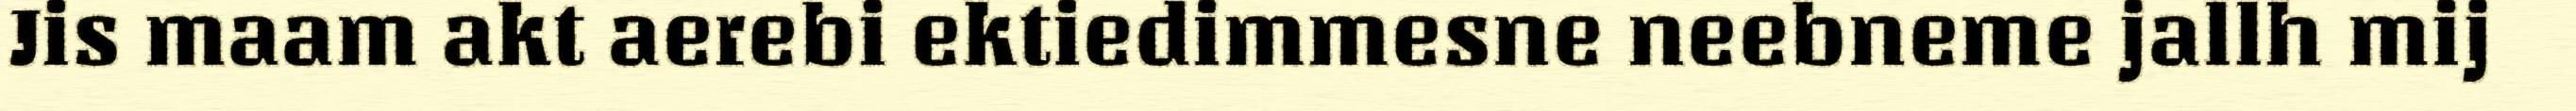
Jis maam akt aerebi ektiedimmesne neebneme jallh mij